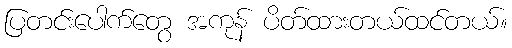
ပြတင်းပေါက်တွေ အကုန် ပိတ်ထားတယ်ထင်တယ်။